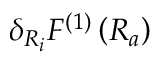
\delta _ { R _ { i } } F ^ { ( 1 ) } \left( R _ { a } \right)